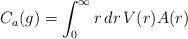
LaTeX: \begin{align*}C_a(g)=\int_0^{\infty} r\,dr\,V(r)A(r)\end{align*}